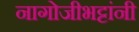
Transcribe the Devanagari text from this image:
नागोजीभट्टांनी